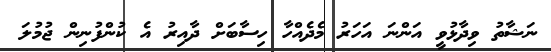
ނަޝާތު ވިދާޅުވީ އަންނަ އަހަރު މެދެއްހާ ހިސާބަށް ދާއިރު އެ ކުންފުނިން ޖުމުލަ